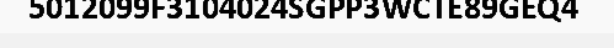
5012099F3104024SGPP3WCTE89GEQ4